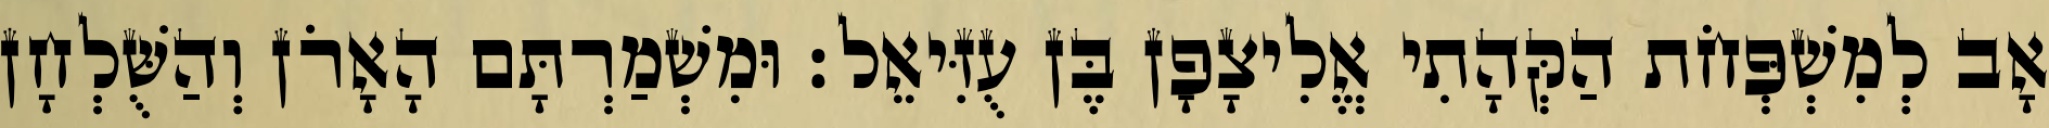
אָב לְמִשְׁפְּחֹת הַקְּהָתִי אֱלִיצָפָן בֶּן עֻזִּיאֵל׃ וּמִשְׁמַרְתָּם הָאָרֹן וְהַשֻּׁלְחָן